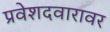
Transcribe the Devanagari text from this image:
प्रवेशदवारावर